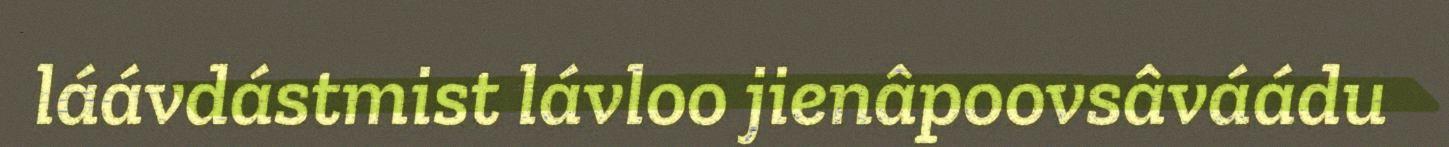
láávdástmist lávloo jienâpoovsâváádu